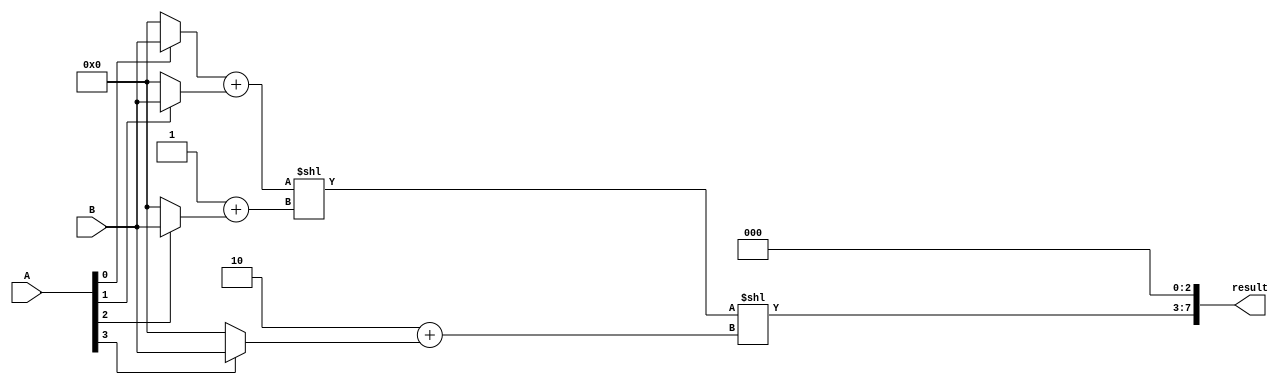
module unsigned_multiplier(input [3:0] A, B,
                              output reg [7:0] result);

  reg [7:0] partial_product_0, partial_product_1, partial_product_2, partial_product_3;
  reg [3:0] shift_amount;

  // Stage 0: Generate partial products
  always @*
    begin
      partial_product_0 = A[0] ? B : 0;
      partial_product_1 = A[1] ? B : 0;
      partial_product_2 = A[2] ? B : 0;
      partial_product_3 = A[3] ? B : 0;
    end

  // Stage 1: Accumulate partial products using carry save adders
  always @*
    begin
      result = partial_product_0 + partial_product_1 << 1 + partial_product_2 << 2 + partial_product_3 << 3;
    end

endmodule